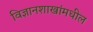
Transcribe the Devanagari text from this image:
विज्ञानशाखांमधील